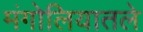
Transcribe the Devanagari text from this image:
मंगोलियातले